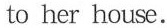
to her house.